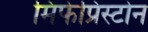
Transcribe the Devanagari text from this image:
मिफेप्रिस्टोन